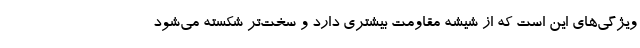
ویژگی‌های این است که از شیشه مقاومت بیشتری دارد و سخت‌تر شکسته می‌شود